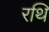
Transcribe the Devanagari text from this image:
रथि